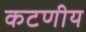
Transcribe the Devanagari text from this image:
कटणीय